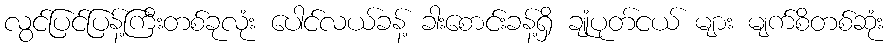
လွင်ပြင်ပြန့်ကြီးတစ်ခုလုံး ပေါင်လယ်ခန့် ခါးစောင်းခန့်ရှိ ချုံပုတ်ငယ် များ မျက်စိတစ်ဆုံး